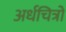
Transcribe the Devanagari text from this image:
अर्धचित्रों